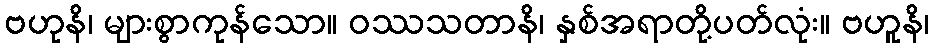
ဗဟုနိ၊ များစွာကုန်သော။ ဝဿသတာနိ၊ နှစ်အရာတို့ပတ်လုံး။ ဗဟူနိ၊